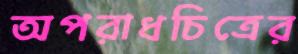
অপরাধচিত্রের